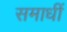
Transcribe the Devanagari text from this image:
समाधीं